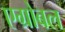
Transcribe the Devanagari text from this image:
एग्रोबल